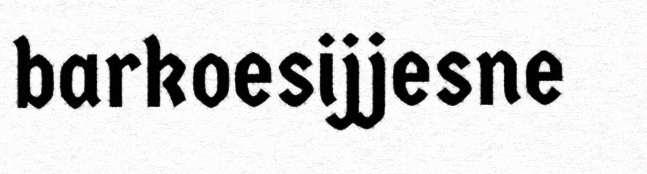
barkoesijjesne